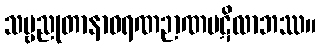
သဗ္ဗညုတာနာဝရဏဉာဏပဋိလာဘဿ။